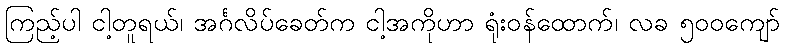
ကြည့်ပါ ငါ့တူရယ်၊ အင်္ဂလိပ်ခေတ်က ငါ့အကိုဟာ ရုံးဝန်ထောက်၊ လခ ၅၀၀ကျော်